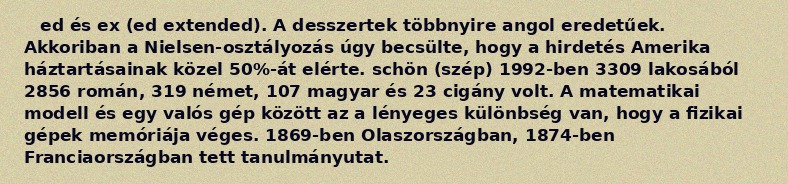
ed és ex (ed extended). A desszertek többnyire angol eredetűek. Akkoriban a Nielsen-osztályozás úgy becsülte, hogy a hirdetés Amerika háztartásainak közel 50%-át elérte. schön (szép) 1992-ben 3309 lakosából 2856 román, 319 német, 107 magyar és 23 cigány volt. A matematikai modell és egy valós gép között az a lényeges különbség van, hogy a fizikai gépek memóriája véges. 1869-ben Olaszországban, 1874-ben Franciaországban tett tanulmányutat.